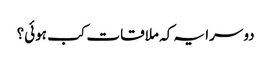
دوسرا یہ کہ ملاقات کب ہوئی؟